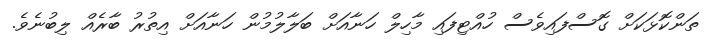
ތަންކޮޅަކަށް ގޮސްފައިވެސް ހުއްޓިފައި މާހިލް ހަނާއަށް ބަލާލުމުން ހަނާއަށް އިތުރު ބާރެއް ލިބުނެވެ.